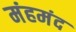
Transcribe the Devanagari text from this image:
मंहमंद